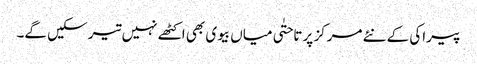
پیراکی کے نئے مرکز پر تاحتٰی میاں بیوی بھی اکٹھے نہیں تیر سکیں گے۔